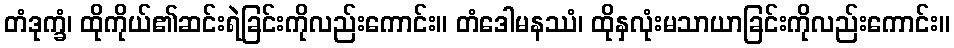
တံဒုက္ခံ၊ ထိုကိုယ်၏ဆင်းရဲခြင်းကိုလည်းကောင်း။ တံဒေါမနဿံ၊ ထိုနှလုံးမသာယာခြင်းကိုလည်းကောင်း။